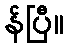
န်ပြီ။